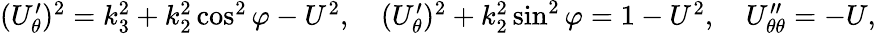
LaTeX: \begin{array}{r}{(U_{\theta}^{\prime})^{2}=k_{3}^{2}+k_{2}^{2}\cos^{2}\varphi-U^{2},\quad(U_{\theta}^{\prime})^{2}+k_{2}^{2}\sin^{2}\varphi=1-U^{2},\quad U_{\theta\theta}^{\prime\prime}=-U,}\end{array}